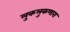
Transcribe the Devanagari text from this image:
लुकलुकणारा